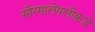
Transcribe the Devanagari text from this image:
सौरमालेपलीकडे